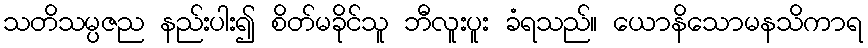
သတိသမ္ပဇည နည်းပါး၍ စိတ်မခိုင်သူ ဘီလူးပူး ခံရသည်။ ယောနိသောမနသိကာရ